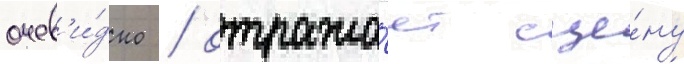
очев'и́дно / отража́ет сце́ну